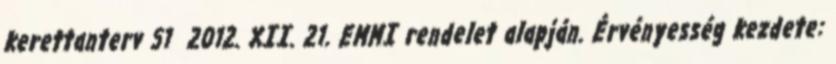
kerettanterv 51 2012. XII. 21. EMMI rendelet alapján. Érvényesség kezdete: